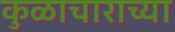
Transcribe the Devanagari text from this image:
कुळाचाराच्या